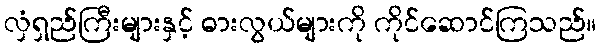
လှံရှည်ကြီးများနှင့် ဓားလွယ်များကို ကိုင်ဆောင်ကြသည်။